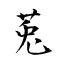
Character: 莵